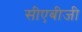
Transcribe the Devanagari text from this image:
सीएबीजी